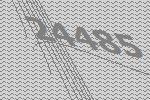
24485